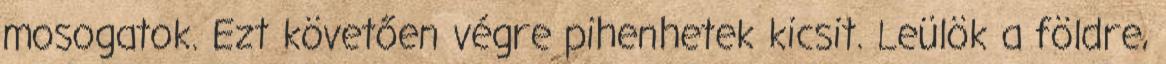
mosogatok. Ezt követően végre pihenhetek kicsit. Leülök a földre,